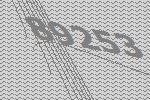
89253